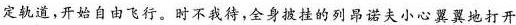
定轨道，开始自由飞行。时不我待，全身披挂的列昂诺夫小心翼翼地打开